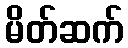
မိတ်ဆက်